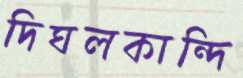
দিঘলকান্দি